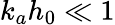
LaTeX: k_{a}h_{0}\ll 1